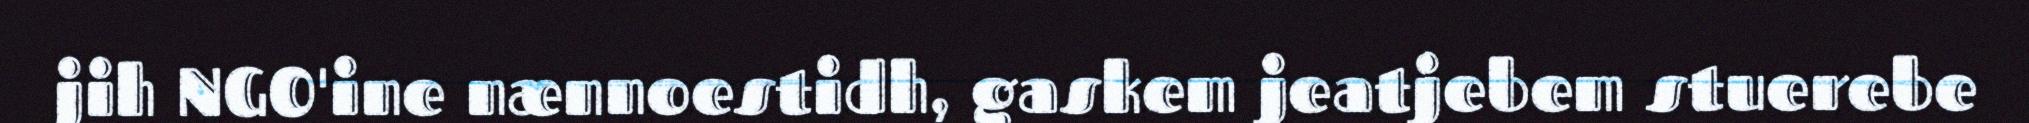
jih NGO'ine nænnoestidh, gaskem jeatjebem stuerebe